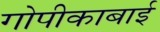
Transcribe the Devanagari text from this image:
गोपीकाबाई